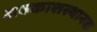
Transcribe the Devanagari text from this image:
अवकाशस्थानक